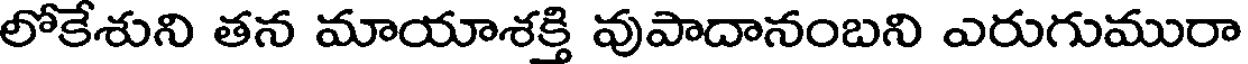
లోకేశుని తన మాయాశక్తి వుపాదానంబని ఎరుగుమురా